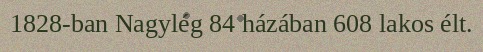
1828-ban Nagylég 84 házában 608 lakos élt.